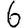
Digit: 6